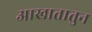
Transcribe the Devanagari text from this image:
आखातातुन